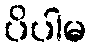
ပိပါမ